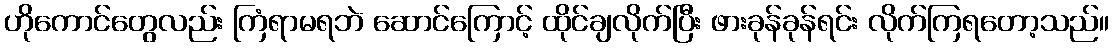
ဟိုကောင်တွေလည်း ကြံရာမရဘဲ ဆောင်ကြောင့် ထိုင်ချလိုက်ပြီး ဖားခုန်ခုန်ရင်း လိုက်ကြရတော့သည်။